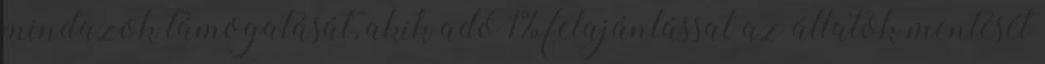
mindazok támogatását, akik adó 1% felajánlással az állatok mentését